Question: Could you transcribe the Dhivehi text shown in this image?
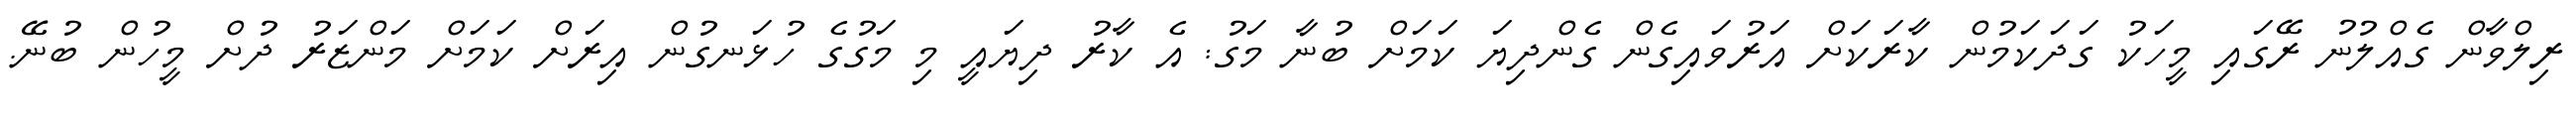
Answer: ރިލްވާން ގެއްލުނު ރޭގައި މީހަކު ގަދަކަމުން ކާރަކަށް އަރުވައިގެން ގެންދިޔަ ކަމަށް ބުނާ މަގު: އެ ކާރު ދިޔައީ މި މަގުގެ ހުޅަނގުން އިރަށް ކަމަށް މަންޒަރު ދުށް މީހުން ބުނޭ.